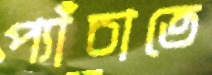
প্যাঁচাতে